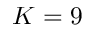
K = 9